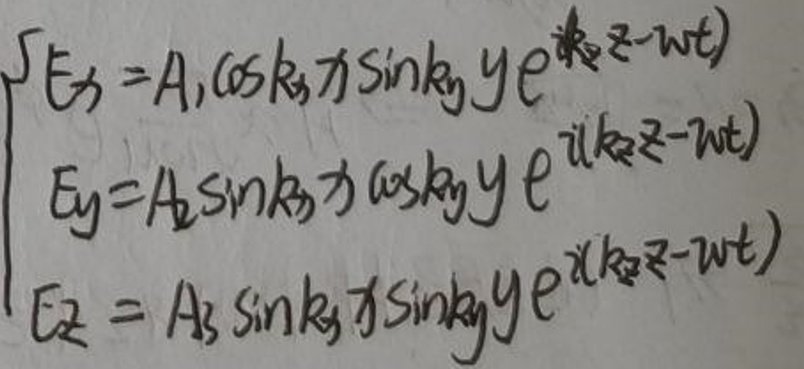
\[
\begin{cases}
E_x = A_1\cos k_x x\sin k_y y e^{i(k_z z - \omega t)}\\
E_y = A_2\sin k_x x\cos k_y y e^{i(k_z z - \omega t)}\\
E_z = A_3\sin k_x x\sin k_y y e^{i(k_z z - \omega t)}
\end{cases}
\]